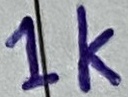
Text: 1K